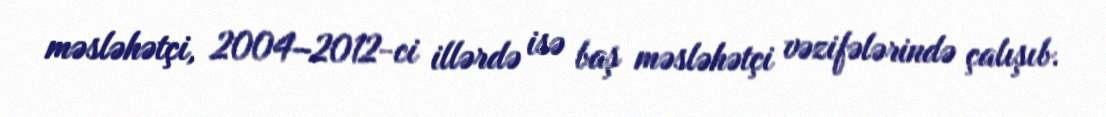
məsləhətçi, 2004–2012-ci illərdə isə baş məsləhətçi vəzifələrində çalışıb.